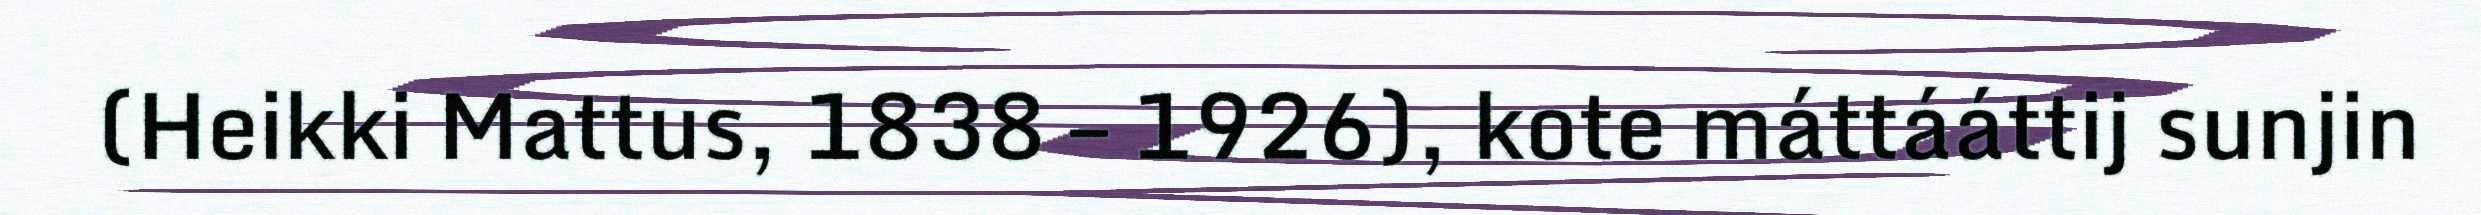
(Heikki Mattus, 1838 – 1926), kote máttááttij sunjin